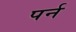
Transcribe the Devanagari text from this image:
पर्न